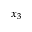
x _ { 3 }